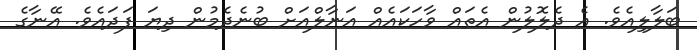
ބަލާލިއެވެ. އެ ދެލޮލުން އެތައް ވާހަކައެއް އަނާލްއަށް ބުނެދެމުން ދިޔަ ފަދައެވެ. އޭނާގެ